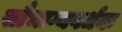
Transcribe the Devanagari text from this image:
सौभाग्यवर्धक